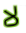
لا